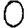
Digit: 0